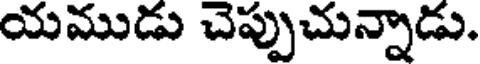
యముడు చెప్పుచున్నాడు.